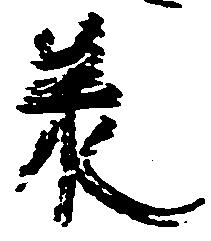
承